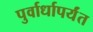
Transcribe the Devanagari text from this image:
पुर्वार्धापर्यंत